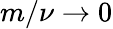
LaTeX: m/\nu\to 0